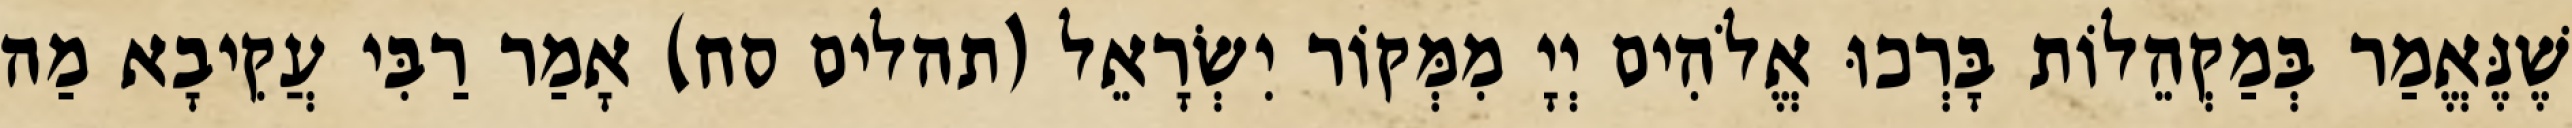
שֶׁנֶּאֱמַר בְּמַקְהֵלוֹת בָּרְכוּ אֱלֹהִים יְיָ מִמְּקוֹר יִשְׂרָאֵל (תהלים סח) אָמַר רַבִּי עֲקִיבָא מַה